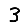
Digit: 3